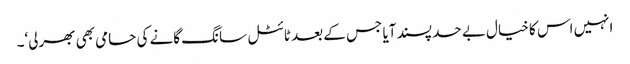
انہیں اس کا خیال بے حد پسند آیا جس کے بعد ٹائٹل سانگ گانے کی حامی بھی بھرلی‘۔